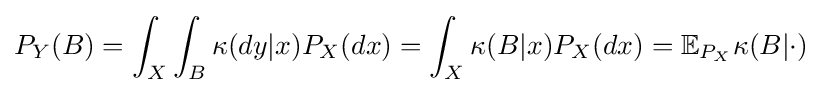
P_{Y}(B)=\int _{X}\int _{B}\kappa (dy|x)P_{X}(dx)=\int _{X}\kappa (B|x)P_{X}(dx)=\mathbb {E} _{P_{X}}\kappa (B|\cdot )